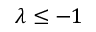
\lambda \leq - 1